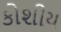
કોશીય